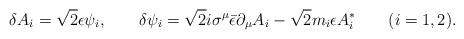
LaTeX: \begin{align*}\delta A_i = \sqrt{2} \epsilon \psi_i, \qquad\delta \psi_i = \sqrt{2} i \sigma^\mu \bar\epsilon \partial_\mu A_i - \sqrt{2} m_i \epsilon A_i^* \qquad (i=1,2).\end{align*}